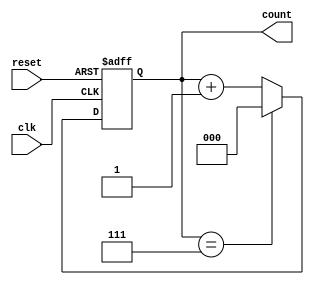
module ModulusCounter(
    input clk, // Clock input
    input reset, // Reset input
    output reg [2:0] count // Output count value (up to 7 for modulus 8)
);

always @(posedge clk or posedge reset) begin
    if (reset) begin
        count <= 3'b000; // Initial value
    end else begin
        if (count == 3'b111) begin // Check for maximum value
            count <= 3'b000; // Reset count value
        end else begin
            count <= count + 1; // Increment count value
        end
    end
end

endmodule